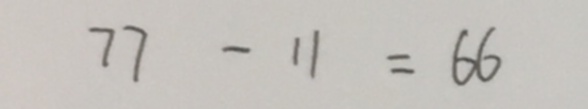
7 7 - 1 1 = 6 6